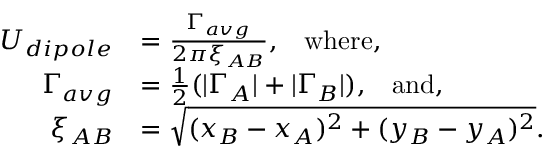
\begin{array} { r l } { U _ { d i p o l e } } & { = \frac { \Gamma _ { a v g } } { 2 \pi \xi _ { A B } } , \; \; \; \mathrm { w h e r e , } } \\ { \Gamma _ { a v g } } & { = \frac { 1 } { 2 } ( | \Gamma _ { A } | + | \Gamma _ { B } | ) , \; \; \; \mathrm { a n d , } } \\ { \xi _ { A B } } & { = \sqrt { ( x _ { B } - x _ { A } ) ^ { 2 } + ( y _ { B } - y _ { A } ) ^ { 2 } } . } \end{array}